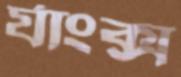
র‍্যাংক্স